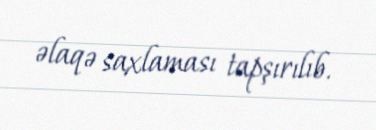
əlaqə saxlaması tapşırılıb.